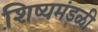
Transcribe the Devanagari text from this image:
शि़ष्यमंडळी